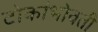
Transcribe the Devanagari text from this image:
टोकांभोवती